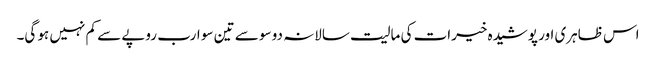
اس ظاہری اور پوشیدہ خیرات کی مالیت سالانہ دو سو سے تین سو ارب روپے سے کم نہیں ہو گی۔